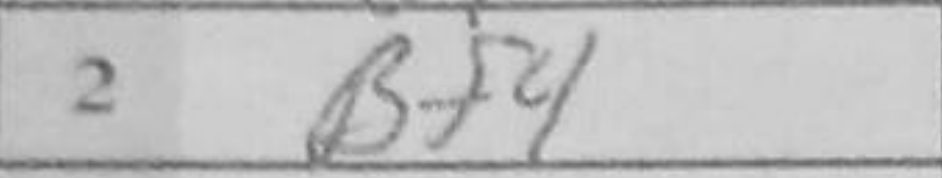
Transcription: Bf4